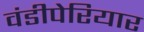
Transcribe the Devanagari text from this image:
वंडीपेरियार